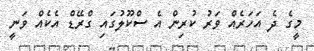
މީގެ ދެ އަހަރެއް ވަރު ކުރިން އެ ސްކޫލުގައި ގްރޭޑް އެކެއް ވަނީ